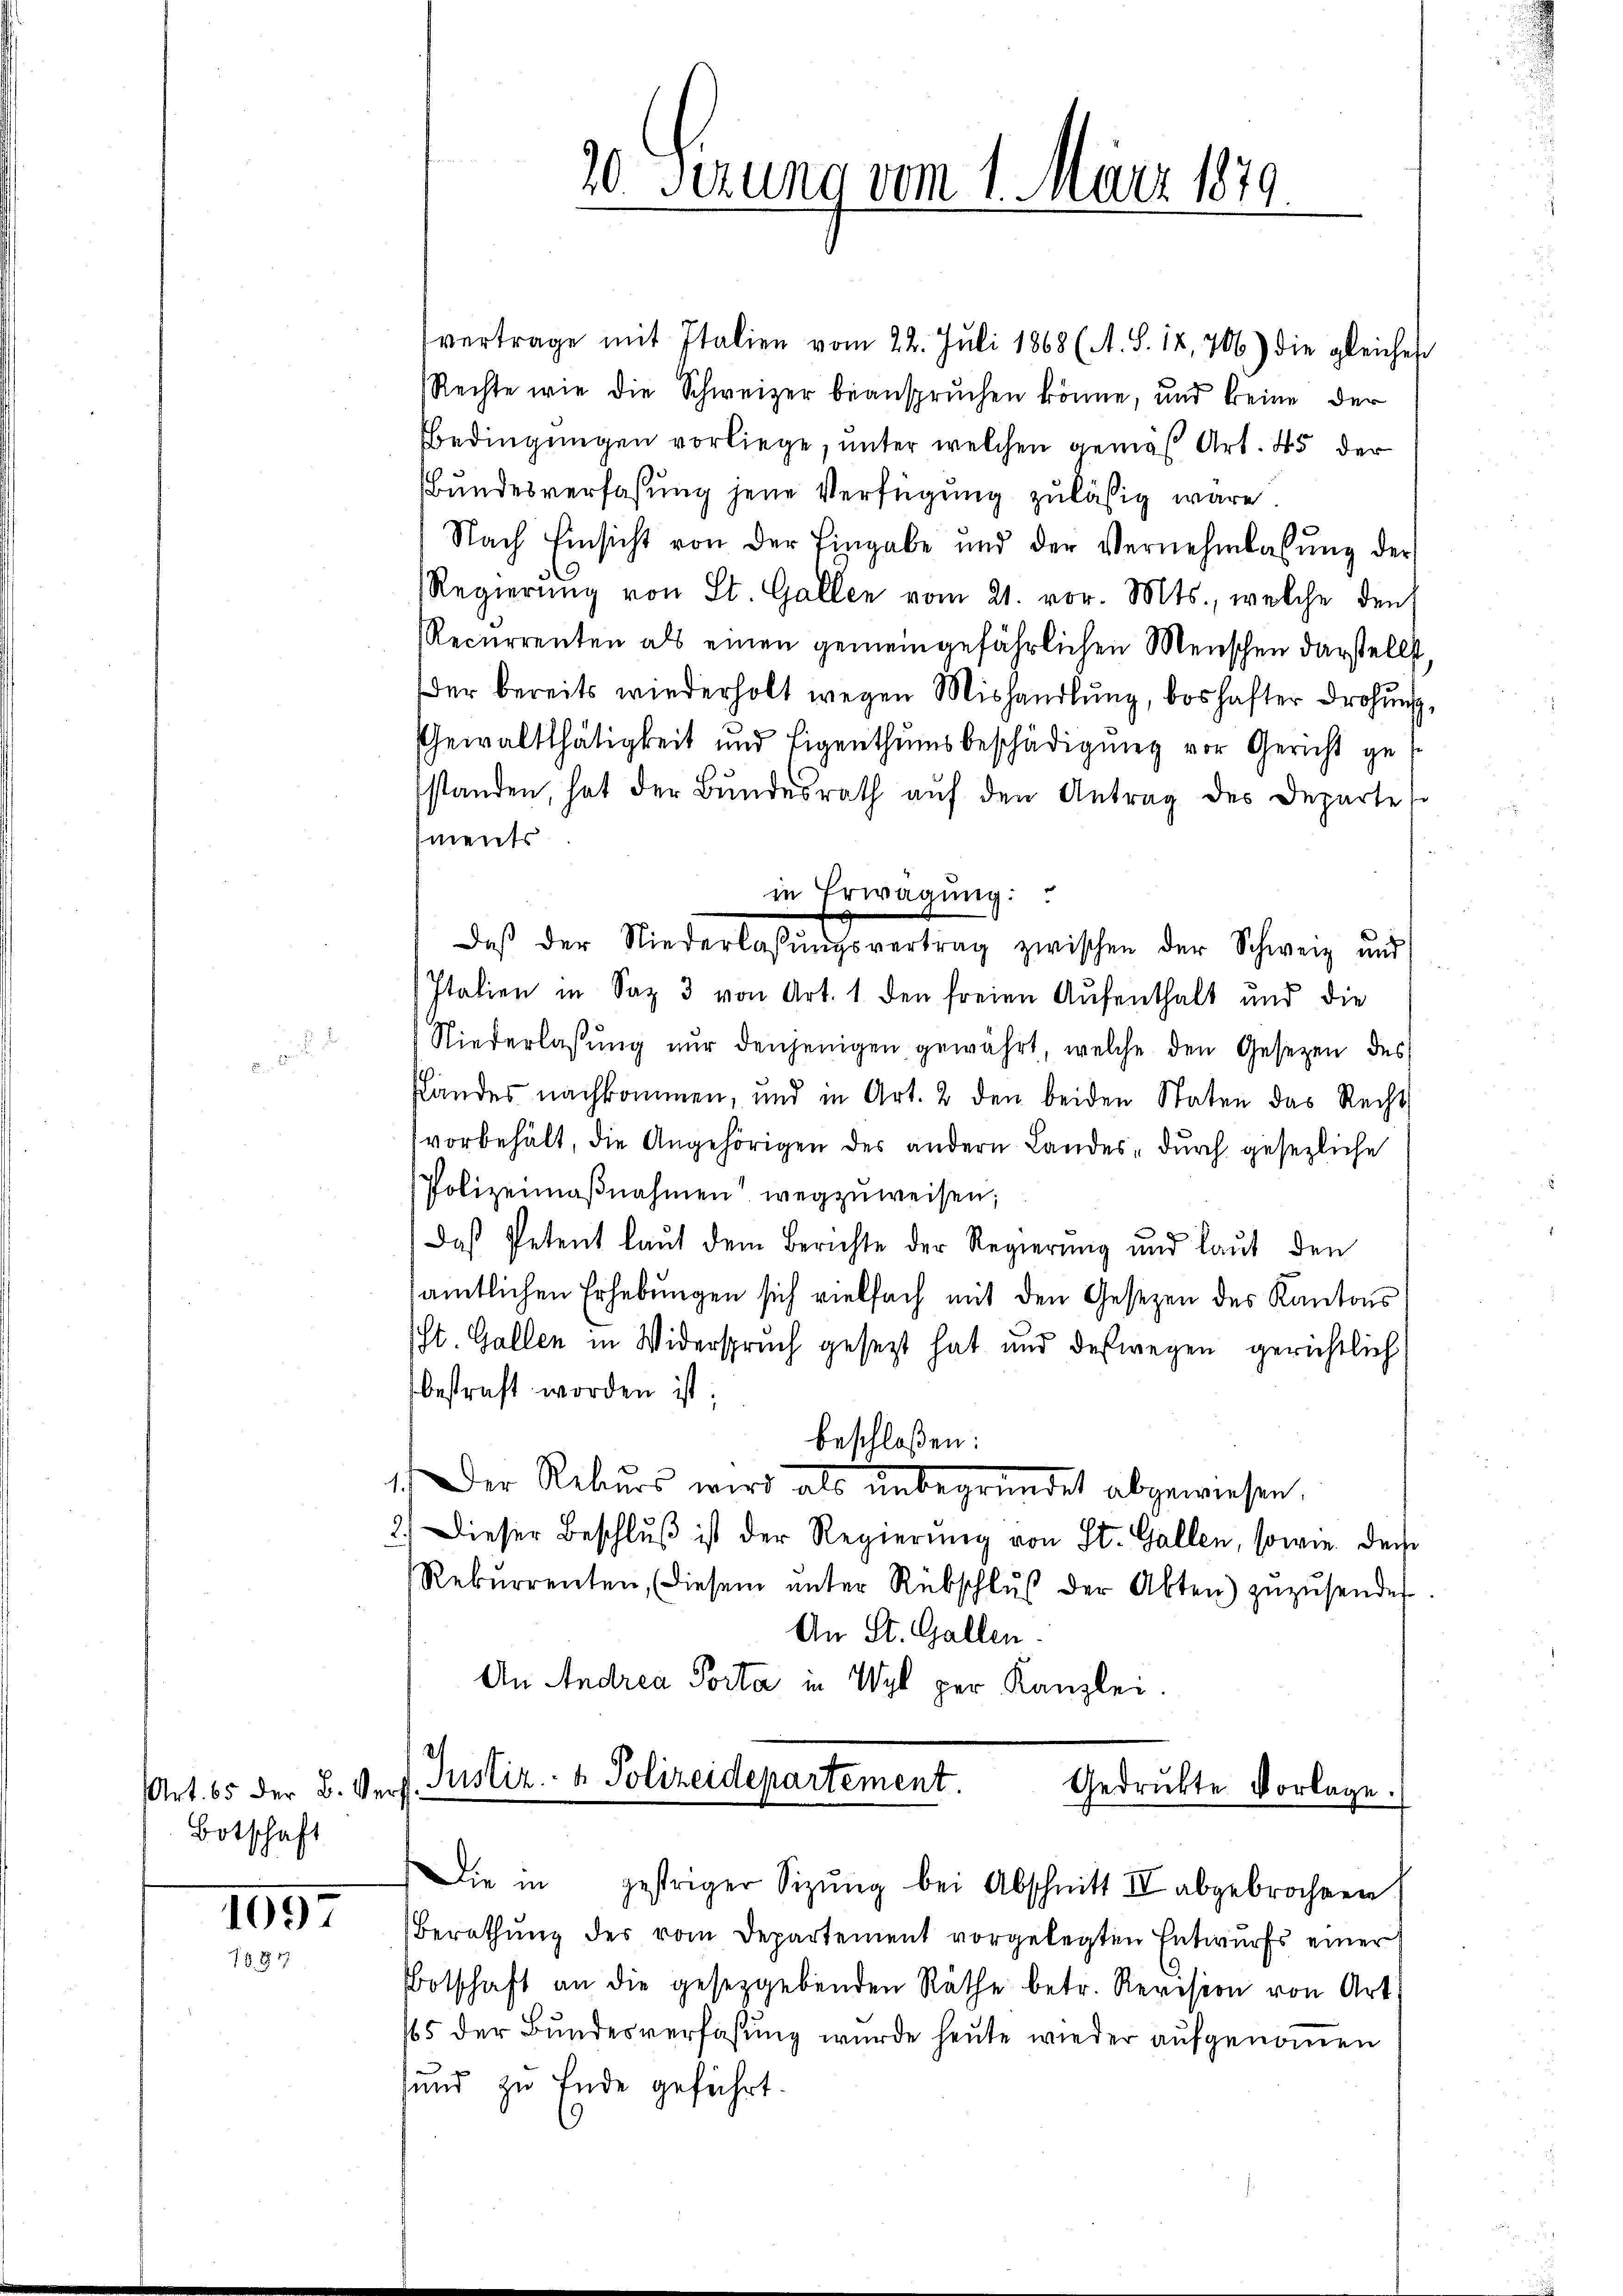
Botschaft

105
1884

0 Serung vom 1. März 1879
1

vertrage mit Italien vom 22. Juli 1868 (A. S. 12,706) die gleiches
Rechte wie die Schweizer beanspruchen könne, und keine der
Bbedingungen vorliege, unter welchen gemäß Art. 45 der
Bundesverfaßung jene Verfügung zulässig wäre.
Nach Einsicht von der Eingabe und der Vernehmlassŭng der
Regierung von St. Gallen vom 21. vor. Mts., welche den
Recurrenten als einen gemeingefährlichen Menschen darstellt,
Der bereits wiederholt wegen Mishandlung, boshafter Drohung.
Gewaltthätigkeit und Eigenthŭmsbeschädigŭng vor Gericht gesstanden, hat der Bŭndesrath aŭf den Antrag des Departe
ments
in Erwägung:
Daß der Niederlassŭngsvertrag zwischen der Schweiz und
Italien in Saz 3 von Art. 1 den freien Aufenthalt und die
Niederlassung nur denjenigen gewährt, welche den Gesetzen des
slandes nachkommen, und in Art. 2 den beiden Staten das Recht
vorbehält, die Angehörigen des andern Landes, durch gesezliche
Polizeimaβnahmen wegzuweisen;
Daß Petent laut dem Berichte der Regierung und laut den
amtlichen Erhebungen sich vielfach mit den Gesezen des Kantons
(St. Gallen in Widerspruch gesetzt hat und deswegen gerichtlich
bestraft worden ist;
beschloßen:
1. Der Rekurs wird als unbegründet abgewiesen.
2.) Dieser Beschlŭβ ist der Regierŭng von St. Gallen, sowie der
Rekŭrrenten, diesem ŭnter Rebschlŭβ der Akten) zŭzŭsender
An St. Gallen.
An Andrea Porta in Wyl per Kanzlei.
Art. 65 der B. Verf. Justiz- & Polizeidepartement.
Gedruckte Vorlage.
Die in gestriger Sizŭng bei Abschnitt II abgebrochen
Berathŭng des vom Departement vorgelegten Entwurfs einer
Botschaft an die gesetzgebenden Räthe betr. Revision von Art.
165 der Bundesverfaßung wurde heute wieder aufgenommen
sund zu Ende geführt.